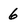
Character: 6